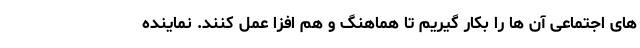
های اجتماعی آن ها را بکار گیریم تا هماهنگ و هم افزا عمل کنند. نماینده